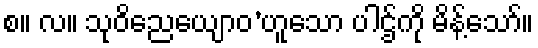
စ။ လ။ သုဝိညေယျောဝ’ဟူသော ပါဌ်ကို မိန့်သော်။